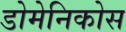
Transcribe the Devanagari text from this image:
डोमेनिकोस